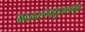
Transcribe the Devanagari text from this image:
मदनरत्नेवृद्धमनूक्तेः